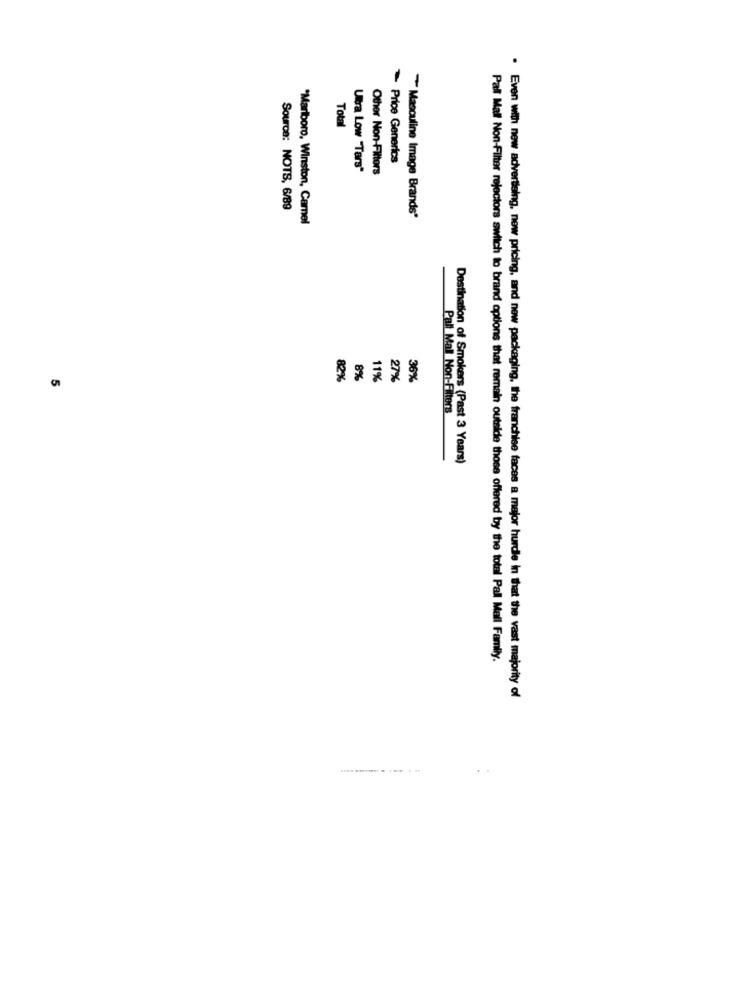
Total
Price Generics
Ultra Low "Tars"
Other Non-Filters
Source: NOTS, 6/89
*Marlboro, Winston, Camel
Masculine Image Brands"
82%
8%
11%
27%
36%
Pall Mall Non-Filters
Destination of Smokers (Past 3 Years)
Pall Mall Non-Filter rejectors switch to brand options that remain outside those offered by the total Pall Mall Family.
. Even with new advertising, new pricing, and new packaging, the franchise faces a major hurdle in that the vast majority of
.......... . ... ...